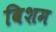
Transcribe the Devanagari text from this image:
विशम